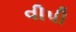
વીપી